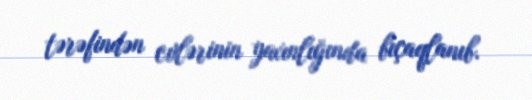
tərəfindən evlərinin yaxınlığında bıçaqlanıb.